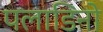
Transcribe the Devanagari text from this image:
पलाडिनो